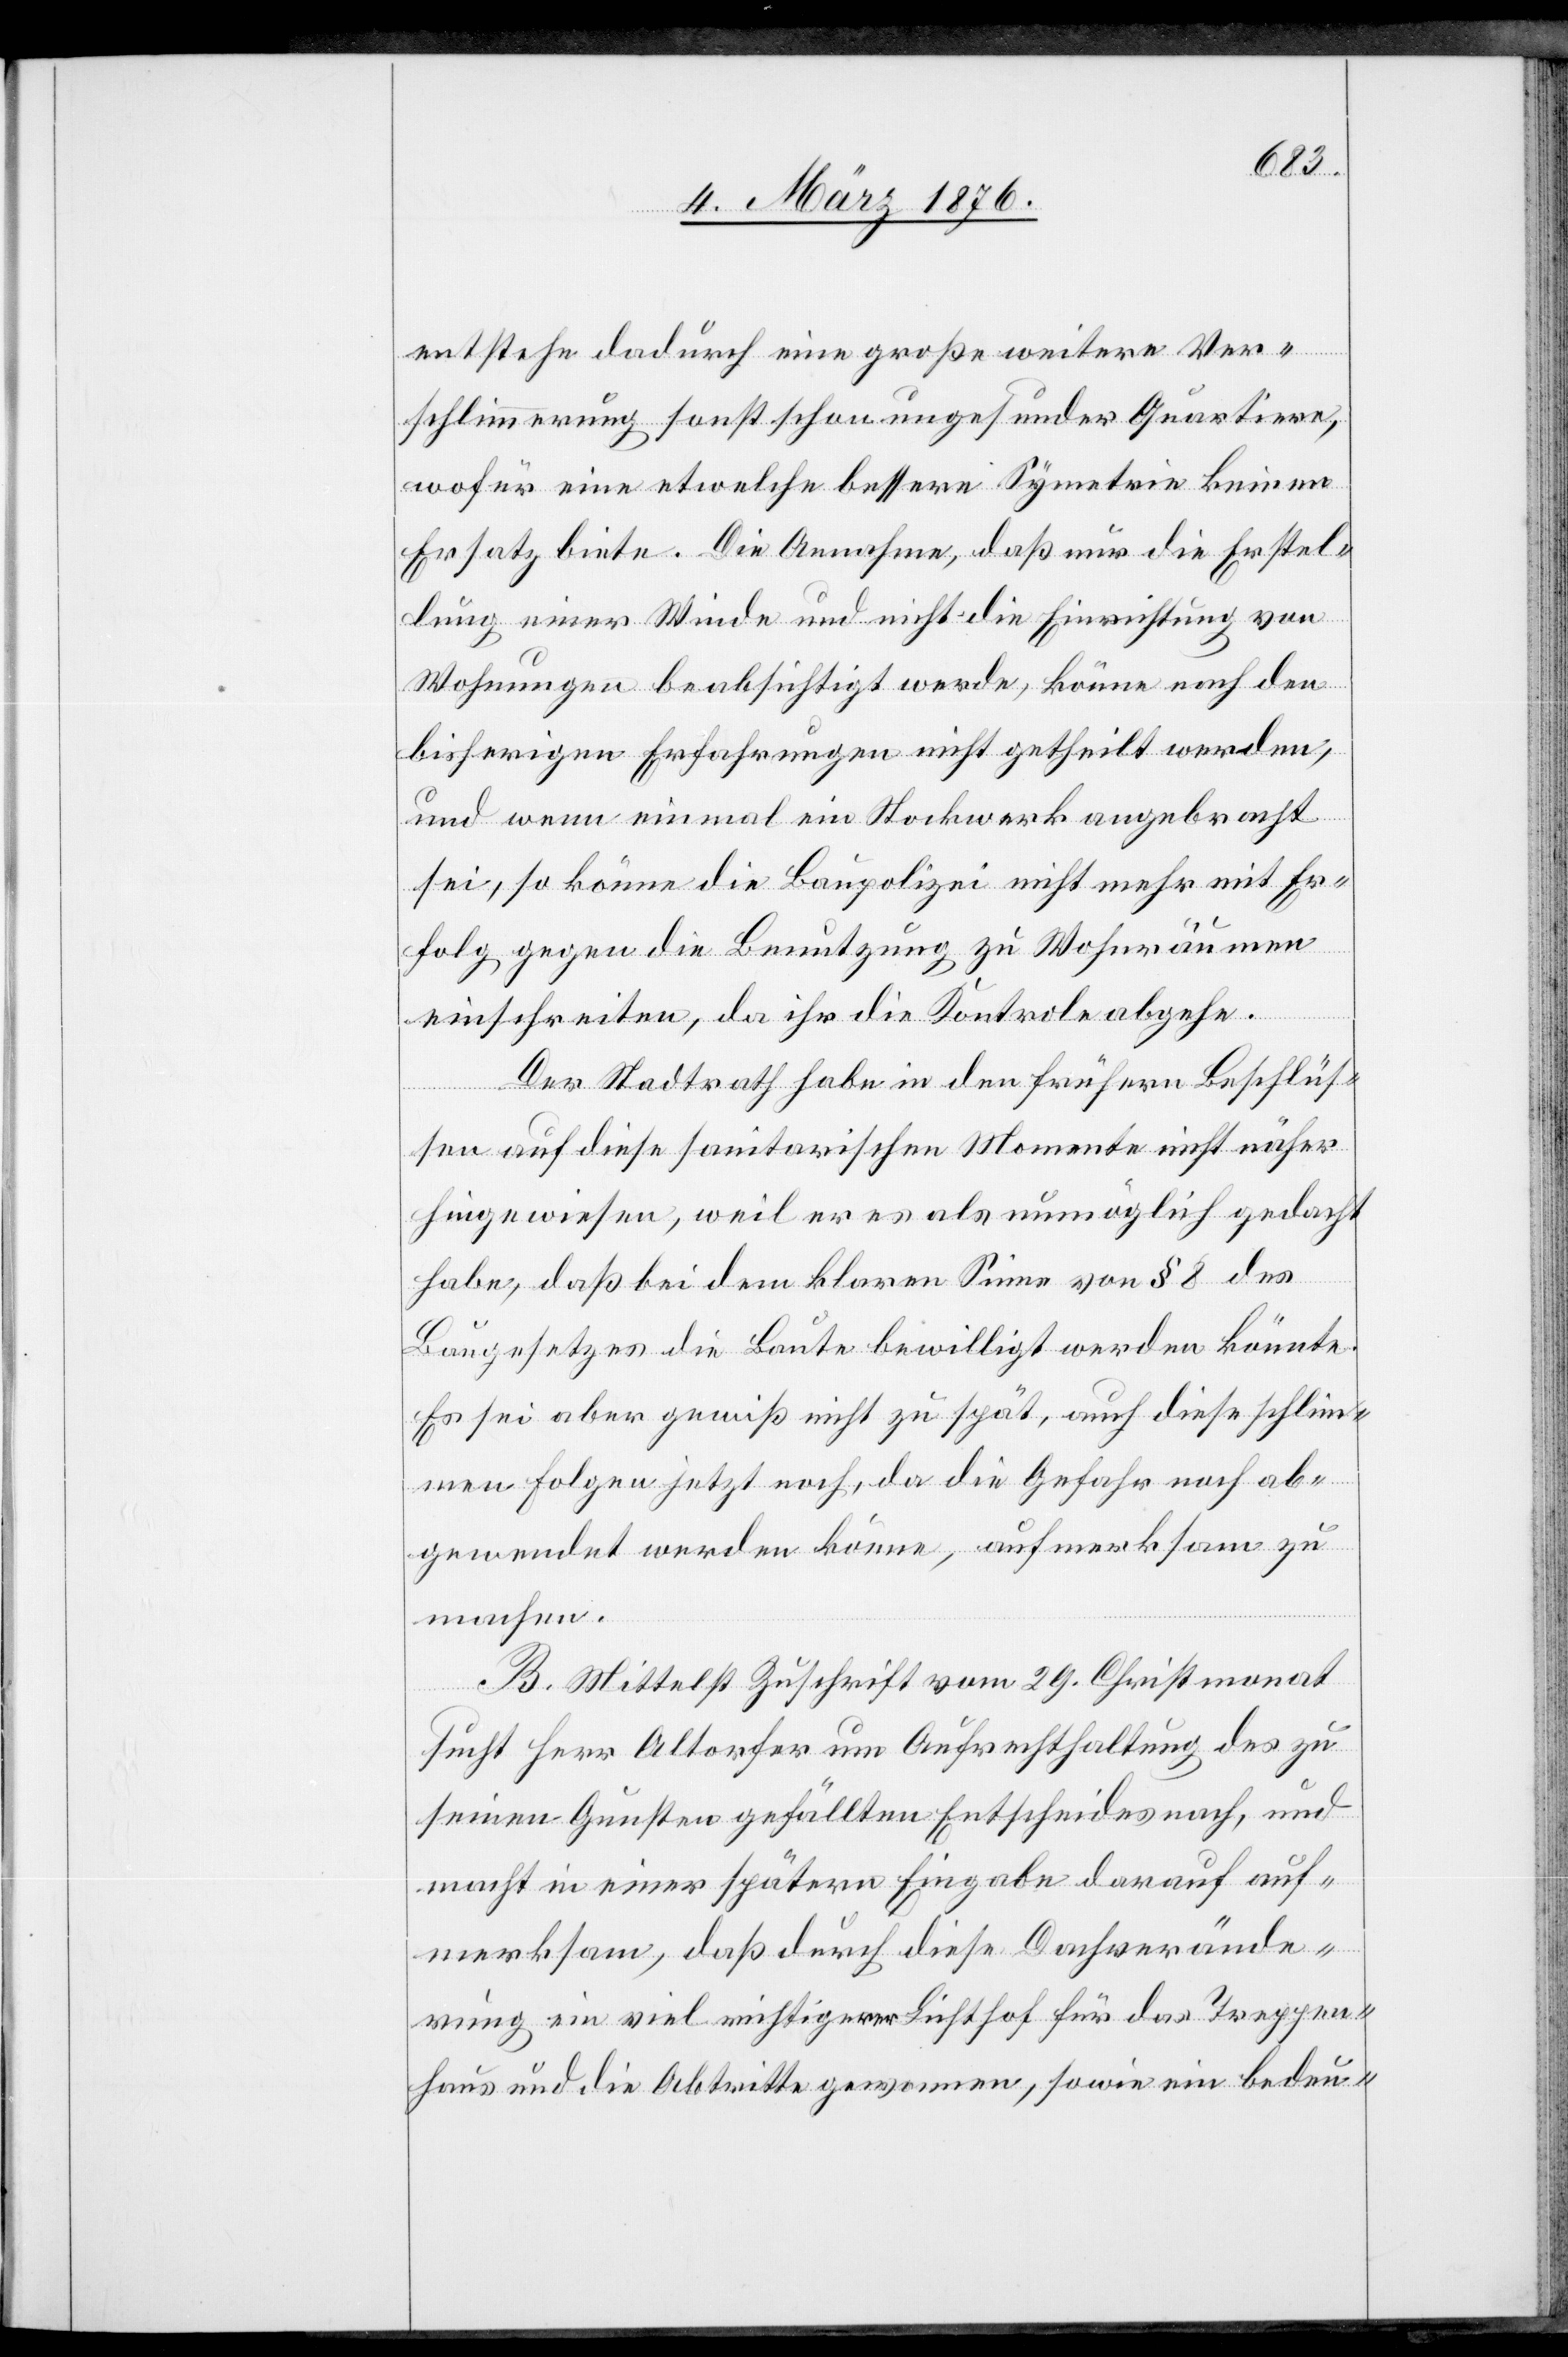
schl¬
entstehe dadurch eine große weitere Ver¬
schlimmerung sonst schon ungesunder Quartiere,
wofür eine etwelche bessere Symetrie keinen
Ersatz biete. Die Annahme, daß nur die Erstel¬
lung einer Winde und nicht die Einrichtung von
Wohnungen beabsichtigt werde, könne nach den
bisherigen Erfahrungen nicht getheilt werden;
und wenn einmal ein Stockwerk angebracht
sei, so könne die Baupolizei nicht mehr mit Er¬
folg gegen die Benutzung zu Wohnräumen
einschreiten, da ihr die Kontrolle abgehe.
Der Stadtrath habe in den frühern Beschlüs¬
sen auf diese sanitarischen Momente nicht näher
hingewiesen, weil er es als unmöglich gedacht
habe, daß bei dem klaren Sinne von § 8 des
Baugesetzes die Baute bewilligt werden könnte.
Es sei aber gewiß nicht zu spät, auch [rechte:
immen Folgen jetzt noch, da die Gefahr noch ab¬
gewendet werden könne, aufmerksam zu
machen.
B. Mittelst Zuschrift vom 29. Christmonat
sucht Herr Altorfer um Aufrechthaltung des zu
seinen Gunsten gefällten Entscheides nach, und
macht in einer spätern Eingabe darauf auf¬
merksam, daß durch diese Dachverände¬
rung ein viel richtigerer Lichthof für das Treppen¬
haus und die Abtritte gewonnen, sowie ein bedeu-